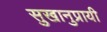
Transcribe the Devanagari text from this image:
सुखानुप्रायी